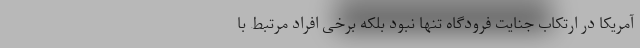
آمریکا در ارتکاب جنایت فرودگاه تنها نبود بلکه برخی افراد مرتبط با